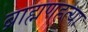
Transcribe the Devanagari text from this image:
ब्राह्मणहत्या